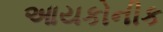
આયકોનીક